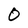
Character: O